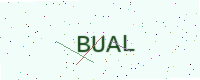
Text: BUAL